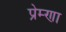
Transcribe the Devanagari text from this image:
प्रेम्णा